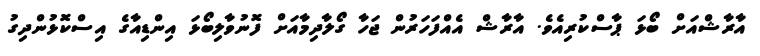
އާރާޝްއަށް ބޯޅަ ޕާސްކުރިއެވެ. އާރާޝް އެއްފަހަރުން ޖަހާ ގޯލާދިމާއަަށް ފޮނުވާލިބޯޅަ އިންޑިއާގެ އިސްކޮޅުންދިގު